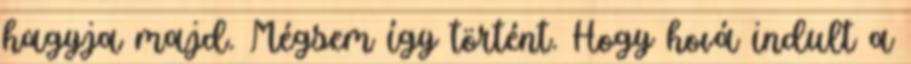
hagyja majd. Mégsem így történt. Hogy hová indult a